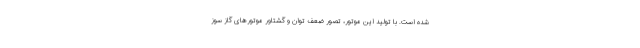
شده است. با تولید این موتور، تصور ضعف توان و گشتاور موتورهای گاز سوز